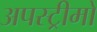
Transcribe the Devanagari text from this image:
अपस्ट्रीमों